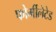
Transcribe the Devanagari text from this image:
फोर्मीलेटेड